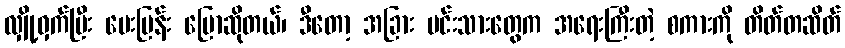
လျှို့ဝှက်ပြီး မေးမြန်း ပြောဆိုတယ်၊ ဒီတော့ အခြား မင်းသားတွေက အရေးကြီးတဲ့ စကားကို တိတ်တဆိတ်